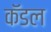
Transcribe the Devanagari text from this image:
कॅडल